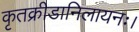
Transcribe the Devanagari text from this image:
कृतक्रीडानिलायनः।